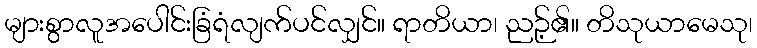
များစွာလူအပေါင်းခြံရံလျက်ပင်လျှင်။ ရာတိယာ၊ ညဉ့်၏။ တိသုယာမေသု၊